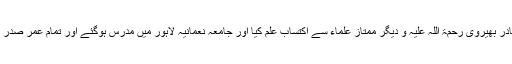
مولانا غلام قادر بھیروی رحمۃ اللہ علیہ و دیگر ممتاز علماء سے اکتسابِ علم کیا اور جامعہ نعمانیہ لاہور میں مدرس ہوگئے اور تمام عمر صدر مدرس رہے۔